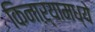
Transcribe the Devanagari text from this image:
किनाऱ्यामध्ये